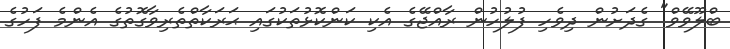
ބްލޫވޭވް" ގެދަށުން ދިވެހި ފުލުހުން ރާއްޖޭގެ އެކި ކަންކޮޅުތަކުގައި ޙަރަކާތްތެރިވާގޮތުގެ އެންމެ ފަހުގެ